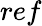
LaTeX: ref